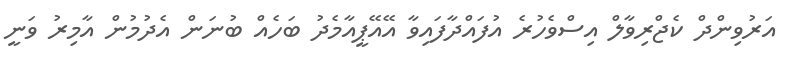
އަރުވިންދް ކެޖްރިވާލް އިސްވެހުރެ އުފައްދާފައިވާ އޭއޭޕީއާމެދު ބަހެއް ބުނަން އެދުމުން އާމިރު ވަނީ